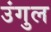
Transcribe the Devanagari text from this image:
उंगुल